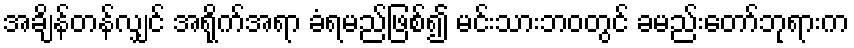
အချိန်တန်လျှင် အရိုက်အရာ ခံရမည်ဖြစ်၍ မင်းသားဘဝတွင် ခမည်းတော်ဘုရားက